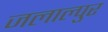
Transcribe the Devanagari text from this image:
जलाल्पुर